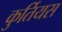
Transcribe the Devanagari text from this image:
कुर्तियस